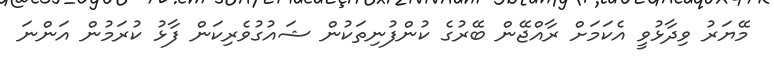
މޭޔަރު ވިދާޅުވީ އެކަމަށް ރާއްޖޭން ބޭރުގެ ކުންފުނިތަކުން ޝައުގުވެރިކަން ފާޅު ކުރަމުން އަންނަ